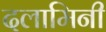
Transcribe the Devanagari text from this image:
दलामिनी